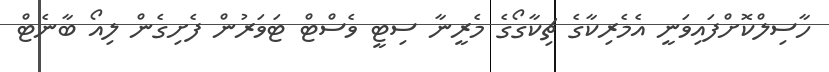
ހާސިލްކޮށްފައިވަނީ އެމެރިކާގެ ޗިކާގޯގެ މެރީނާ ސިޓީ ވެސްޓް ޓަވަރުން ފެށިގެން ލިއޯ ބާނެޓް